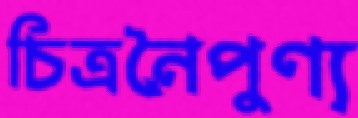
চিত্রনৈপুণ্য